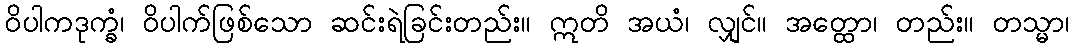
ဝိပါကဒုက္ခံ၊ ဝိပါက်ဖြစ်သော ဆင်းရဲခြင်းတည်း။ ဣတိ အယံ၊ လျှင်။ အတ္ထော၊ တည်း။ တသ္မာ၊